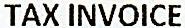
TAX INVOICE